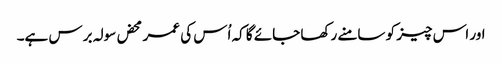
اور اس چیز کو سامنے رکھا جائے گا کہ اُس کی عمر محض سولہ برس ہے۔